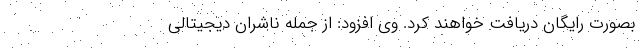
بصورت رایگان دریافت خواهند کرد. وی افزود: از جمله ناشران دیجیتالی